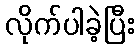
လိုက်ပါခဲ့ပြီး